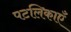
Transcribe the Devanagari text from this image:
पटलिकाएँ